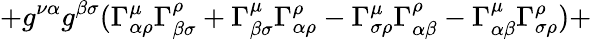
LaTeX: +g^{\nu\alpha}g^{\beta\sigma}(\Gamma_{\alpha\rho}^{\mu}\Gamma_{\beta\sigma}^{\rho}+\Gamma_{\beta\sigma}^{\mu}\Gamma_{\alpha\rho}^{\rho}-\Gamma_{\sigma\rho}^{\mu}\Gamma_{\alpha\beta}^{\rho}-\Gamma_{\alpha\beta}^{\mu}\Gamma_{\sigma\rho}^{\rho})+